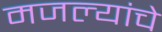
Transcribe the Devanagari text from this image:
मजल्यांचे